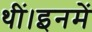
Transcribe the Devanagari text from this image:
थीं।इनमें